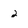
Character: 2